画像に写った文字を読んでください
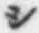
「シ」と書いてあります